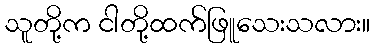
သူတို့က ငါတို့ထက်ဖြူသေးသလား။